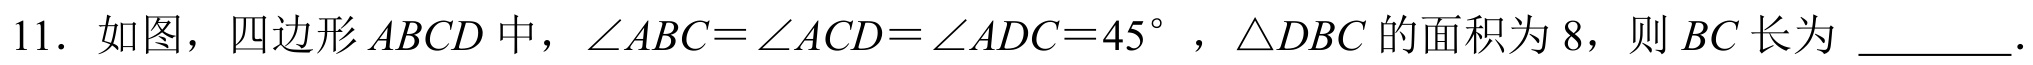
11. 如图，四边形\(ABCD\)中，\(\angle ABC=\angle ACD=\angle ADC = 45^{\circ}\)，\(\triangle DBC\)的面积为\(8\)，则\(BC\)长为 \_\_\_\_\_ 。